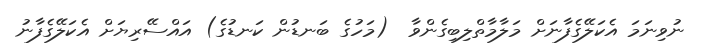
ނުވިނަމަ އެކަލޭގެފާނަށް މަލާމާތްލިބިގެންވާ  (މަހުގެ ބަނޑުން ކަނޑުގެ) އައްސޭރިޔަށް އެކަލޭގެފާނު